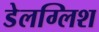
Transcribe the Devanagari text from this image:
डेलग्लिश